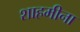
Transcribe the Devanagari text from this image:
शाहमीना